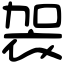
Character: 袈